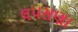
લપસણા